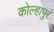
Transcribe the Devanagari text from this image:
कोल्हापुरं